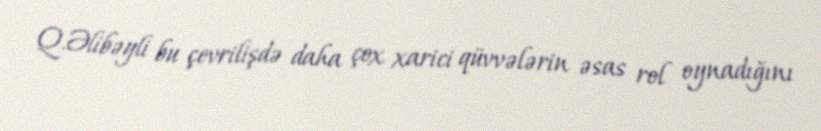
Q.Əlibəyli bu çevrilişdə daha çox xarici qüvvələrin əsas rol oynadığını